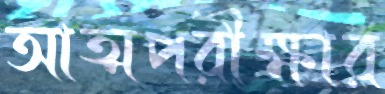
আত্মপরীক্ষার